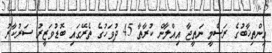
އިންތިޚާބުގެ ރަސްމީ ނަތީޖާ އިއްލާން ކުރާތާ 45 ދުވަހުގެ ތެރޭގައި ބޮޑުވަޒީރު ސަރުކާރު